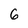
Character: 6